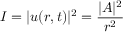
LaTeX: I = | u ( r , t ) | ^ { 2 } = { \frac { | A | ^ { 2 } } { r ^ { 2 } } }